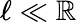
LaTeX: \ell\ll\mathbb{R}